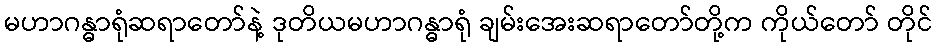
မဟာဂန္ဓာရုံဆရာတော်နဲ့ ဒုတိယမဟာဂန္ဓာရုံ ချမ်းအေးဆရာတော်တို့က ကိုယ်တော် တိုင်